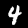
Label: 4